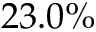
2 3 . 0 \%